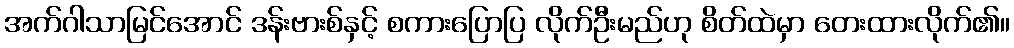
အက်ဂါသာမြင်အောင် ဒန်းဗားစ်နှင့် စကားပြောပြ လိုက်ဦးမည်ဟု စိတ်ထဲမှာ တေးထားလိုက်၏။